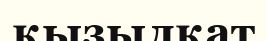
қызылқат